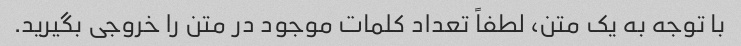
با توجه به یک متن، لطفاً تعداد کلمات موجود در متن را خروجی بگیرید.